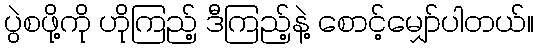
ပွဲစဖို့ကို ဟိုကြည့် ဒီကြည့်နဲ့ စောင့်မျှော်ပါတယ်။